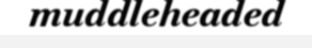
muddleheaded